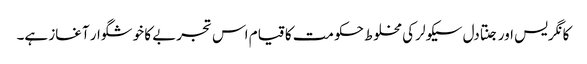
کانگریس اور جنتادل سیکولر کی مخلوط حکومت کا قیام اس تجربے کا خوشگوار آغاز ہے۔